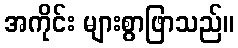
အကိုင်း များစွာဖြာသည်။